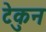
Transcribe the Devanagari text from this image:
टेकुन